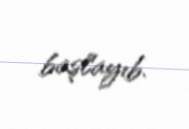
başlayıb.